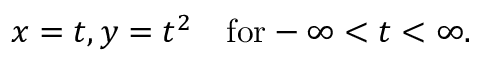
x = t , y = t ^ { 2 } \quad \mathrm { f o r } - \infty < t < \infty .